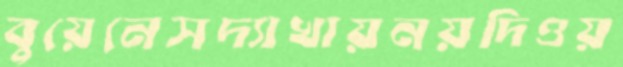
বুয়েনেসদ্যাখায়নয়দিওয়